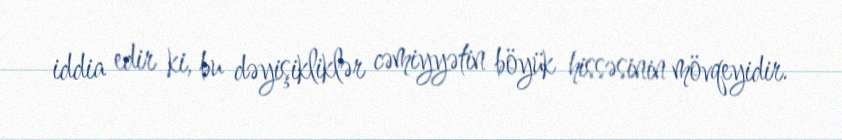
iddia edir ki, bu dəyişikliklər cəmiyyətin böyük hissəsinin mövqeyidir.